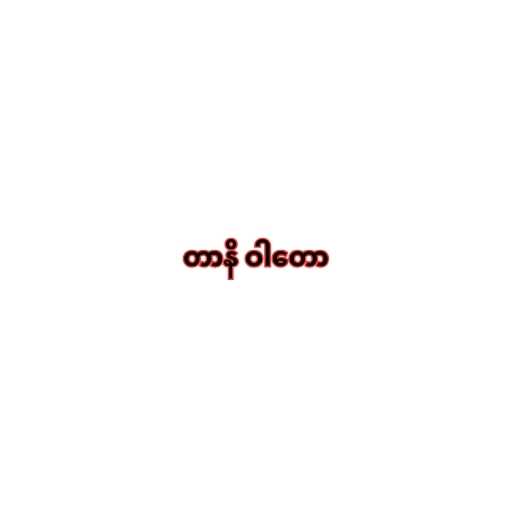
တာနိ ဝါတော